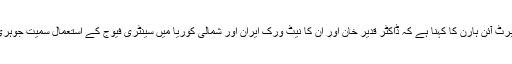
سابق امریکی نائب وزیر خارجہ برائے جوہری عدم پھیلاؤ رابرٹ آئن ہارن کا کہنا ہے کہ ڈاکٹر قدیر خان اور اُن کا نیٹ ورک ایران اور شمالی کوریا میں سینٹری فیوج کے استعمال سمیت جوہری افزودگی کا سلسلہ شروع کرنے کے براہ راست ذمہ دار ہیں۔